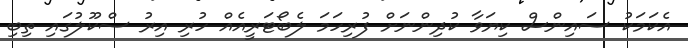
އެކަމަކު ސައިންސް ކިޔަވާ ކުދިންނަށް ފުރިހަމަ ލެބޯޓަރީއެއް ހުރި އިރު ސްކޫލުގައި ތިބި